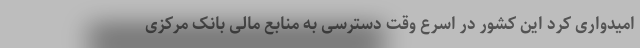
امیدواری کرد این کشور در اسرع وقت دسترسی به منابع مالی بانک مرکزی